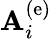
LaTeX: {\mathbf A}_{i}^{\left(\mathrm{e}\right)}